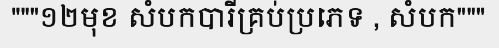
"""១២មុខ សំបកបារីគ្រប់ប្រភេទ , សំបក"""